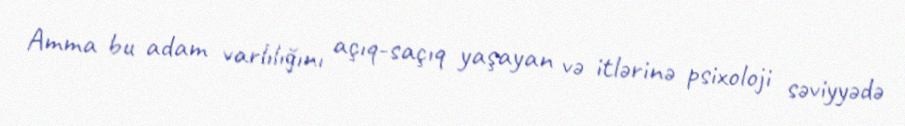
Amma bu adam varlılığını açıq-saçıq yaşayan və itlərinə psixoloji səviyyədə